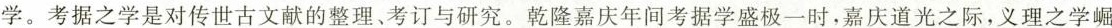
考据之学是对传世古文献的整理、考订与研究。乾隆嘉庆年间考据学盛极一时，嘉庆道光之际，义理之学崛